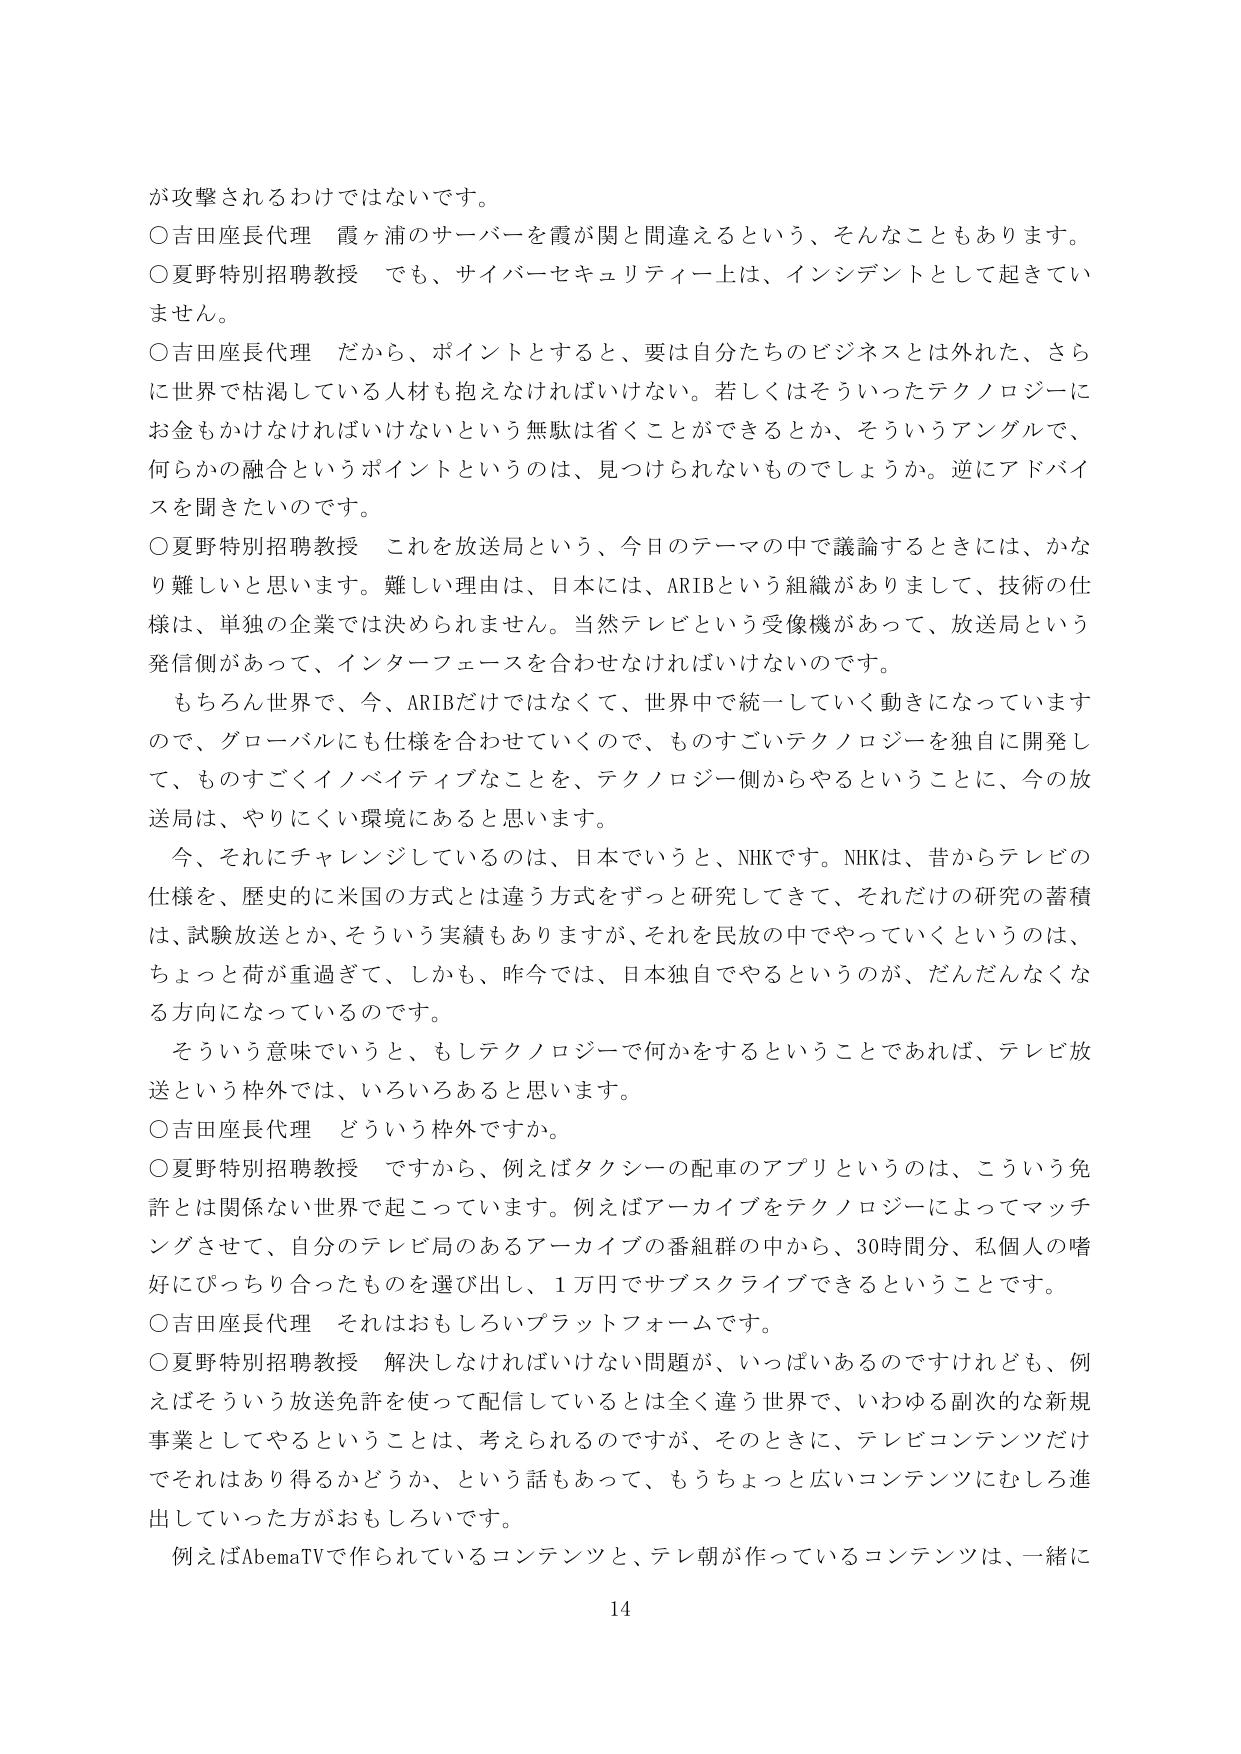
が攻撃されるわけではないです。
○吉田座長代理 霞ヶ浦のサーバーを霞が関と間違えるという、そんなこともあります。
○夏野特別招聘教授 でも、サイバーセキュリティ上は、インシデントとして起きていません。
○吉田座長代理 だから、ポイントとすると、要は自分たちのビジネスとは外れた、さらに世界で枯渇している人材も抱えなければならない。若しくはそういったテクノロジーにお金もかけなければならないという無駄は省くことができるとか、そういうアングルで、何らかの融合というポイントというのは、見つけられないものでしょうか。逆にアドバイスを聞きたいのです。
○夏野特別招聘教授 これを放送局という、今日のテーマの中で議論するときには、かなり難しいと思います。難しい理由は、日本には、ARIBという組織がありまして、技術の仕様は、単独の企業では決められません。当然テレビという受像機があって、放送局という発信側があって、インターフェースを合わせなければならないのです。
もちろん世界で、今、ARIBだけではなくて、世界中で統一していく動きになっていますので、グローバルにも仕様を合わせていくので、ものすごいテクノロジーを独自に開発して、ものすごくイノベイティブなことを、テクノロジー側からやるということに、今の放送局は、やりにくい環境にあると思います。
今、それにチャレンジしているのは、日本でいうと、NHKです。NHKは、昔からテレビの仕様を、歴史的に米国的方式とは違う方式をずっと研究してきて、それだけの研究の蓄積は、試験放送とか、そういう実績もありますが、それを民放の中でやっていくというのは、ちょっと荷が重過ぎて、しかも、昨今では、日本独自でやるというのが、だんだんなくなる方向になっているのです。
そういう意味でいうと、もしテクノロジーで何かをするということであれば、テレビ放送という枠外では、いろいろあると思います。
○吉田座長代理 どういう枠外ですか。
○夏野特別招聘教授 ですから、例えばタクシーの配車のアプリというのは、こういう免許とは関係ない世界で起こっています。例えばアーカイブをテクノロジーによってマッチングさせて、自分のテレビ局のあるアーカイブの番組群の中から、30時間分、私個人の嗜好にぴったり合ったものを選び出し、1万円でサブスクライブできるということです。
○吉田座長代理 それはおもしろいプラットフォームです。
○夏野特別招聘教授 解決しなければいけない問題が、いっぱいあるのですけれども、例えばそういう放送免許を使って配信しているとは全く違う世界で、いわゆる副次的な新規事業としてやるということは、考えられるのですが、そのときに、テレビコンテンツだけでそれはあり得るかどうか、という話もあって、もうちょっと広いコンテンツにむしろ進出していった方がおもしろいです。
例えばAbemaTVで作られているコンテンツと、テレ朝が作っているコンテンツは、一緒に
14